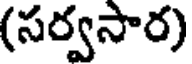
(సర్వసార)